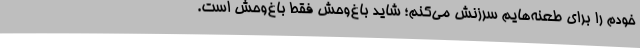
خودم را برای طعنه‌هایم سرزنش می‌کنم؛ شاید باغ‌وحش فقط باغ‌وحش است.